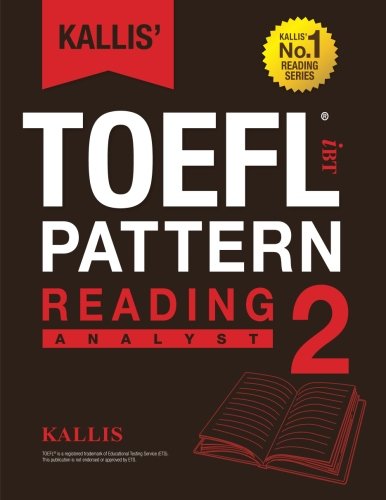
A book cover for KALLIS' iBT TOEFL Pattern Reading 2: Analyst (Volume 2); Kallis; Test Preparation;